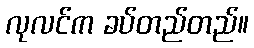
လုလင်က ခပ်တည်တည်။